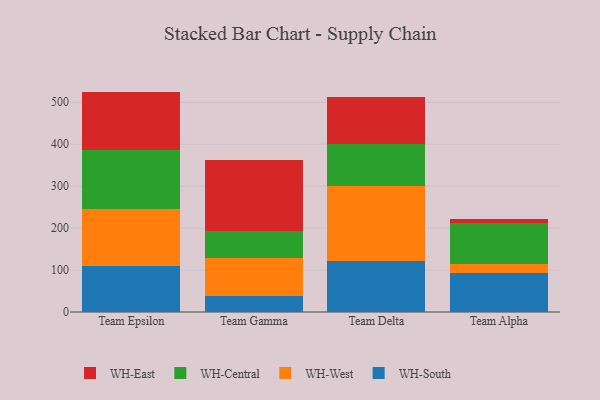
{"axis": {"x": "Team", "y": "LTV (USD)"}, "legend": ["WH-Central", "WH-East", "WH-South", "WH-West"], "data": [{"x": "Team Epsilon", "y": 109.1, "type": "WH-South"}, {"x": "Team Epsilon", "y": 137.1, "type": "WH-West"}, {"x": "Team Epsilon", "y": 141.1, "type": "WH-Central"}, {"x": "Team Epsilon", "y": 138.2, "type": "WH-East"}, {"x": "Team Gamma", "y": 39.0, "type": "WH-South"}, {"x": "Team Gamma", "y": 89.4, "type": "WH-West"}, {"x": "Team Gamma", "y": 64.0, "type": "WH-Central"}, {"x": "Team Gamma", "y": 169.9, "type": "WH-East"}, {"x": "Team Delta", "y": 121.8, "type": "WH-South"}, {"x": "Team Delta", "y": 178.5, "type": "WH-West"}, {"x": "Team Delta", "y": 100.4, "type": "WH-Central"}, {"x": "Team Delta", "y": 111.7, "type": "WH-East"}, {"x": "Team Alpha", "y": 93.8, "type": "WH-South"}, {"x": "Team Alpha", "y": 20.6, "type": "WH-West"}, {"x": "Team Alpha", "y": 98.3, "type": "WH-Central"}, {"x": "Team Alpha", "y": 9.1, "type": "WH-East"}]}